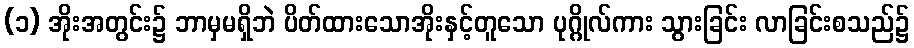
(၁) အိုးအတွင်း၌ ဘာမှမရှိဘဲ ပိတ်ထားသောအိုးနှင့်တူသော ပုဂ္ဂိုလ်ကား သွားခြင်း လာခြင်းစသည်၌